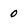
Character: 0